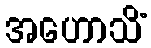
အဟောသိံ